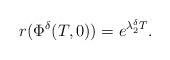
LaTeX: \begin{align*}r(\Phi^\delta(T,0))=e^{\lambda_2^\delta T}.\end{align*}